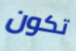
تكون